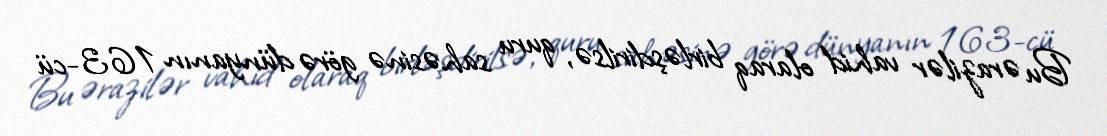
Bu ərazilər vahid olaraq birləşdirilsə, quru sahəsinə görə dünyanın 163-cü